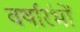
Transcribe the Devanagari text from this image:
वर्षारंभों